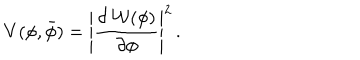
V ( \phi , \bar { \phi } ) = \left| \frac { \partial \, { \cal W } ( \phi ) } { \partial \phi } \right| ^ { 2 } \, .